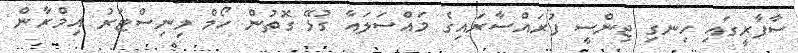
ސާފާރީގައި ހިނގި ޖިންސީ ފުރައްސާރައިގެ މައްސަލައާ ގުޅޭ ގޮތުން ހޯމް މިނިސްޓަރު އިމްރާން